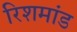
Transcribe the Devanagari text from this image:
रिशमांड